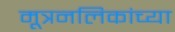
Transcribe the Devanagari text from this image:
मूत्रनलिकांच्या